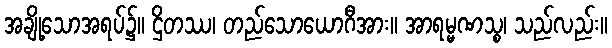
အချို့သောအရပ်၌။ ဌိတဿ၊ တည်သောယောဂီအား။ အာရမ္မဏသ္စ၊ သည်လည်း။